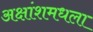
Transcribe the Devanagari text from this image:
अक्षांशमधला